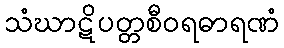
သံဃာဋိပတ္တစီဝရဓာရဏံ